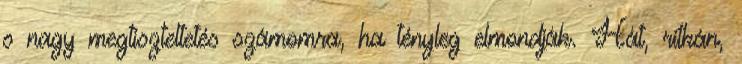
s nagy megtiszteltetés számomra, ha tényleg elmondják. Hát, ritkán,